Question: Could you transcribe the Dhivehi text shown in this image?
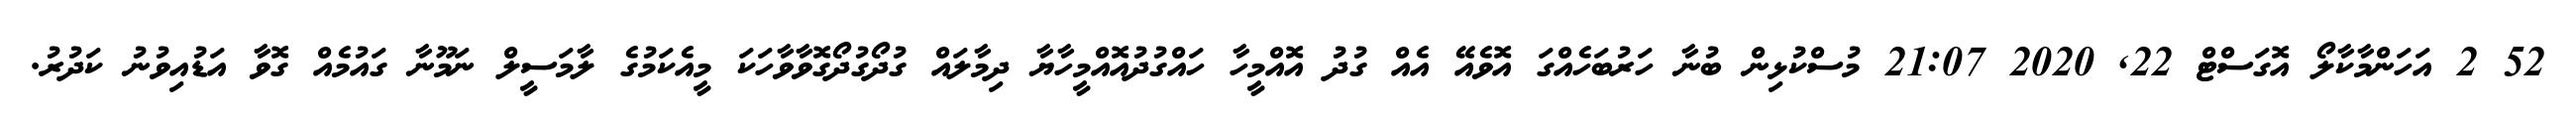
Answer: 52 2 އަހަންމާކާލޯ އޮގަސްޓް 22, 2020 21:07 މުސްކުޅިން ބުނާ ހަރުބަހެއްގަ އޮވެއޭ އެއް ގުދު އޮއްމީހާ ހައްގުދުއޮއްމީހާޔާ ދިމާލައް ގުދޯގުދޯގޮވާވާހަކަ މީއެކަމުގެ ލާމަސީލް ނަމޫނާ ގައުމެއް ގޮވާ އަޑުއިވުނު ކަދުރު.